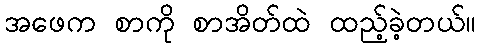
အဖေက စာကို စာအိတ်ထဲ ထည့်ခဲ့တယ်။